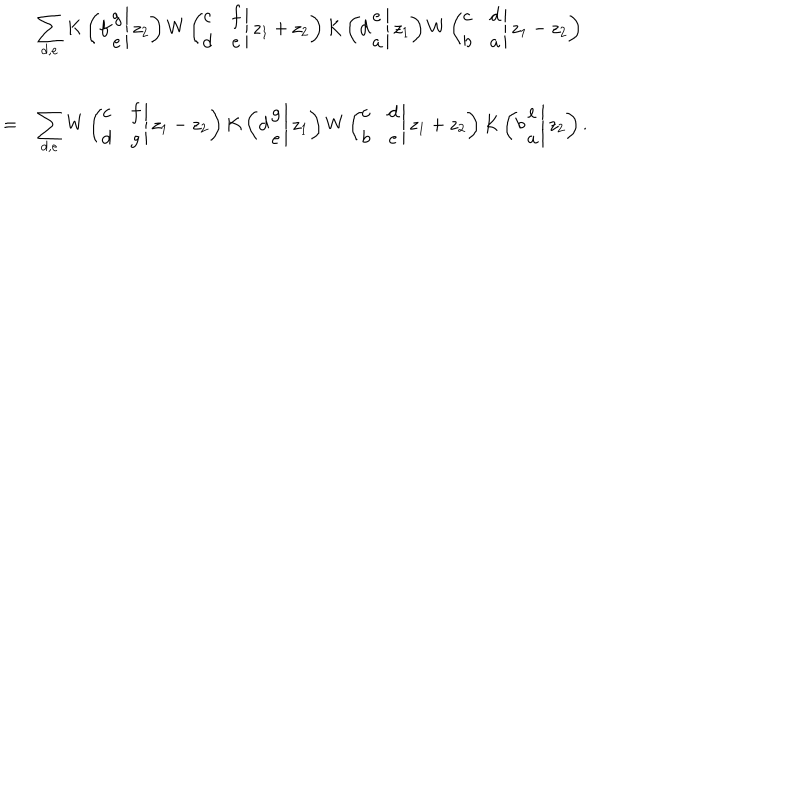
\begin{array} { c l } { { } } & { { \displaystyle \sum _ { d , e } K \left( \left. f \begin{array} { c } { { g } } \\ { { e } } \\ \end{array} \right| z _ { 2 } \right) W \left( \left. \! \begin{array} { c c } { { c } } & { { f } } \\ { { d } } & { { e } } \\ \end{array} \right| z _ { 1 } + z _ { 2 } \right) K \left( \left. d \begin{array} { c } { { e } } \\ { { a } } \\ \end{array} \right| z _ { 1 } \right) W \left( \left. \! \begin{array} { c c } { { c } } & { { d } } \\ { { b } } & { { a } } \\ \end{array} \right| z _ { 1 } - z _ { 2 } \right) } } \\ { { = } } & { { \displaystyle \sum _ { d , e } W \left( \left. \! \begin{array} { c c } { { c } } & { { f } } \\ { { d } } & { { g } } \\ \end{array} \right| z _ { 1 } - z _ { 2 } \right) K \left( \left. d \begin{array} { c } { { g } } \\ { { e } } \\ \end{array} \right| z _ { 1 } \right) W \left( \left. \! \begin{array} { c c } { { c } } & { { d } } \\ { { b } } & { { e } } \\ \end{array} \right| z _ { 1 } + z _ { 2 } \right) K \left( \left. b \begin{array} { c } { { e } } \\ { { a } } \\ \end{array} \right| z _ { 2 } \right) . } } \\ \end{array}